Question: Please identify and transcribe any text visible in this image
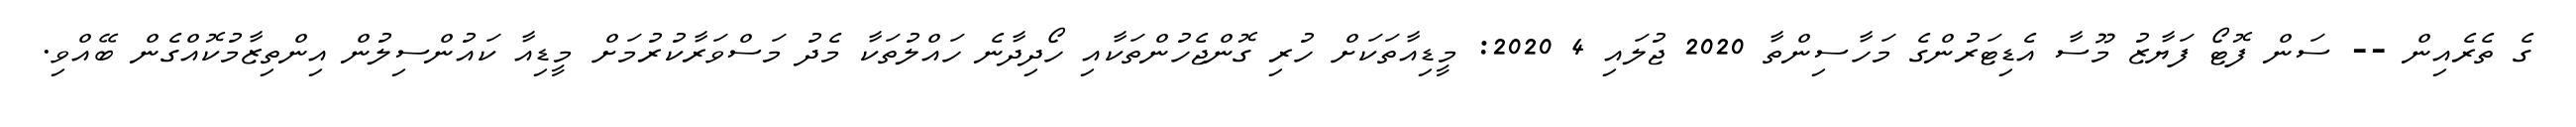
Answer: ގެ ތެރެއިން -- ސަން ފޮޓޯ ފަޔާޒު މޫސާ އެޑިޓަރުންގެ މަހާސިންތާ 2020 ޖުލައި 4 2020: މީޑިއާތަކަށް ހުރި ގޮންޖެހުންތަކާއި ހޯދިދާނެ ހައްލުތަކާ މެދު މަސްވަރާކުރުމަށް މީޑިއާ ކައުންސިލުން އިންތިޒާމުކޮއްގެން ބޭއްވި.